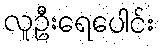
လူဦးရေပေါင်း